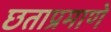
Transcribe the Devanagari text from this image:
छताप्रमाणे